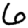
Digit: 6